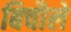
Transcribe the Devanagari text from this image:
बिचौले